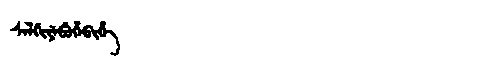
Manchu: ᠰᡝᠯᡤᡳᠶᡝᠪᡠᡥᡝᠪᡳᡥᡝ
Romanization: SELGIYEBUHEBIHE